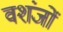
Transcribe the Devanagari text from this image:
वशंजों